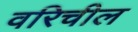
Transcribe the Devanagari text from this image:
वरिचील